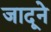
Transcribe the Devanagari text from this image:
जादूने